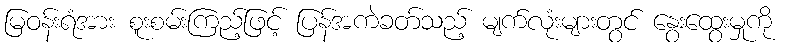
မြဝန်းရံအား စူးစမ်းကြည့်ဖြင့် ပြန်အကဲခတ်သည့် မျက်လုံးများတွင် နွေးထွေးမှုကို